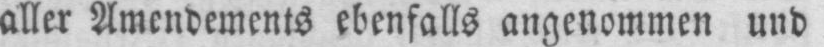
aller Amendements ebenfalls angenommen und